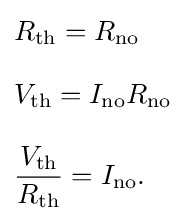
{\begin{aligned}&R_{\rm {th}}=R_{\rm {no}}\\[8pt]&V_{\rm {th}}=I_{\rm {no}}R_{\rm {no}}\\[8pt]&{\frac {V_{\rm {th}}}{R_{\rm {th}}}}=I_{\rm {no}}.\end{aligned}}